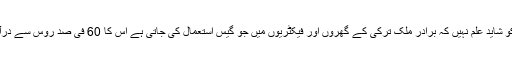
ہمارے لوگوں کو شاید علم نہیں کہ برادر ملک ترکی کے گھروں اور فیکٹریوں میں جو گیس استعمال کی جاتی ہے اس کا 60 فی صد روس سے درآمد کیا جاتا ہے۔